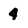
Character: 4